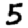
Digit: 5